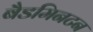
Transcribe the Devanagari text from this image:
बैडमिनटन